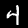
Digit: 4